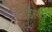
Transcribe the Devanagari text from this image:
टेडेस्को